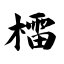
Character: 檑